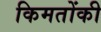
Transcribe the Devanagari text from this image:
किमतोंकी